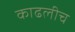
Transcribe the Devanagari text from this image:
काढलीच